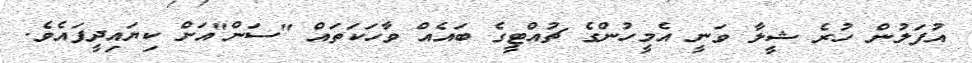
އުފަލުން ހުރެ ޝީލާ ވަނީ އެމީހުންގެ ޗުއްޓީގެ ބައެއް ވާހަކަތައް "ސަން"އަށް ކިޔައިދީފައެވެ.